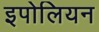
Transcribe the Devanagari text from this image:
इपोलियन